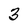
Character: 3